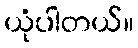
ယုံပါတယ်။